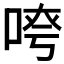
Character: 𫪖